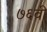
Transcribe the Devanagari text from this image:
७६वी